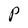
Character: P